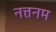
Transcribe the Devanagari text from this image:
नत्तनम